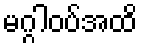
မဂ္ဂါဝပ်အထိ